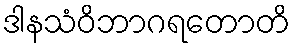
ဒါနသံဝိဘာဂရတောတိ